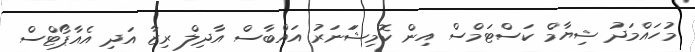
މުހައްމަދު ޝިޔާމް ކަސްޓަމްސް އިން ކޮމިޝަަނަރު އައްބާސް އާދިލް ރިޒާ އަދި އެއާޕޯޓްސް